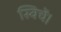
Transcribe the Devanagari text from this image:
स्विचें।